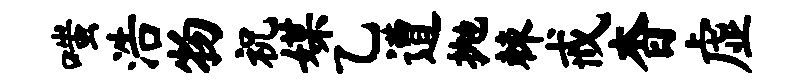
嗤浩物祝媒乙遭抛棘戒杳虚